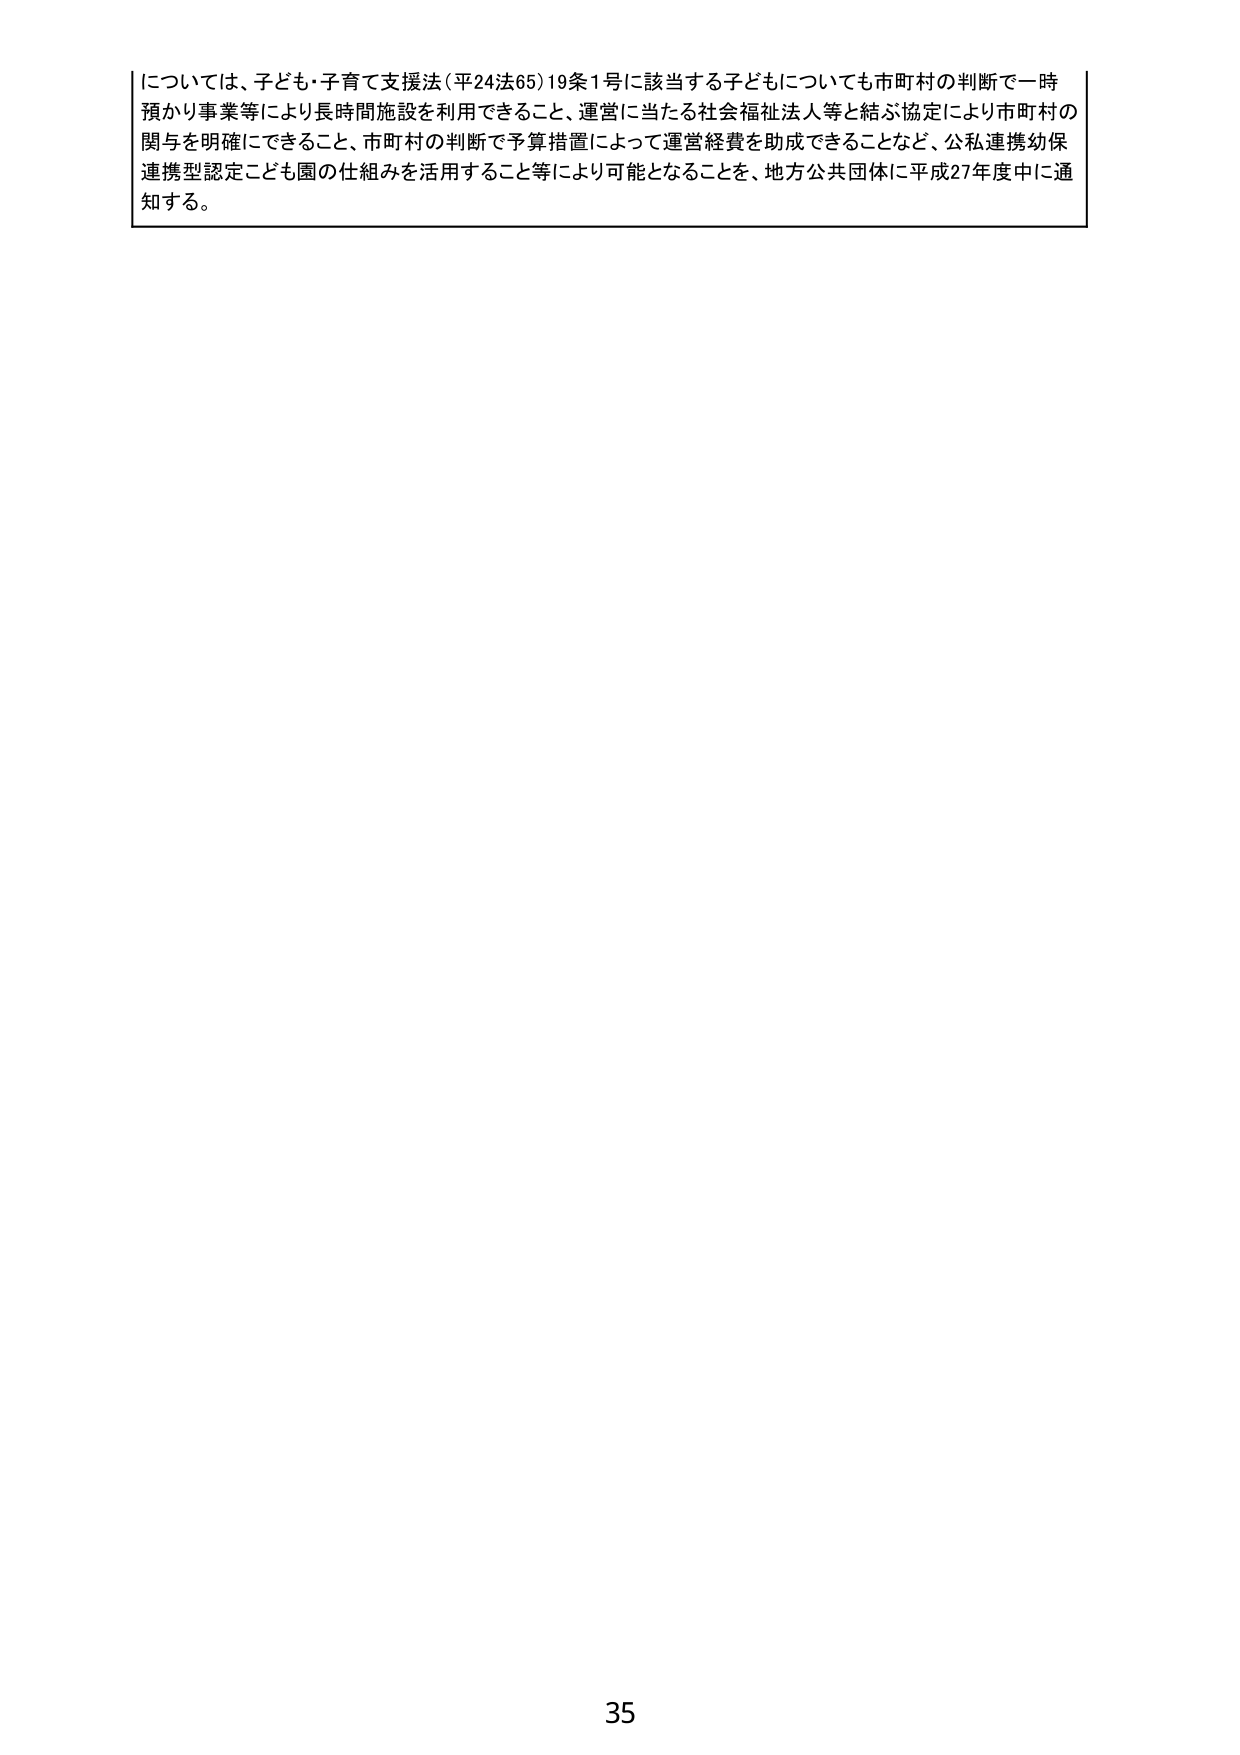
については、子ども・子育て支援法（平24法65）19条1号に該当する子どもについても市町村の判断で一時預かり事業等により長時間施設を利用できること、運営に当たる社会福祉法人等と結ぶ協定により市町村の関与を明確にできること、市町村の判断で予算措置によって運営経費を助成できることなど、公私連携幼保連携型認定こども園の仕組みを活用すること等により可能となることを、地方公共団体に平成27年度中に通知する。

35